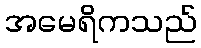
အမေရိကသည်